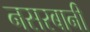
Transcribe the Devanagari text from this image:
नसरबानी